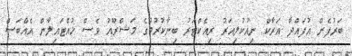
ބަރުފެން އުފައްދާ އަރާކް ނިއުކުލިއަރު ރިއެކްޓަރު ބިނާކުރުމުގެ މަޝްރޫއު ވެސް ހުއްޓައިލާން އެއްބަސް